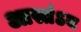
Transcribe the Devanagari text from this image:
आस्तंऽय